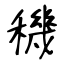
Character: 穖